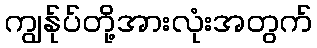
ကျွန်ုပ်တို့အားလုံးအတွက်